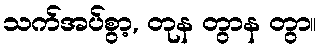
သက်အပ်စွာ့, တုန တွာန တွာ။